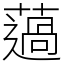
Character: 薖